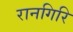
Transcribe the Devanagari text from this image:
रानगिरि